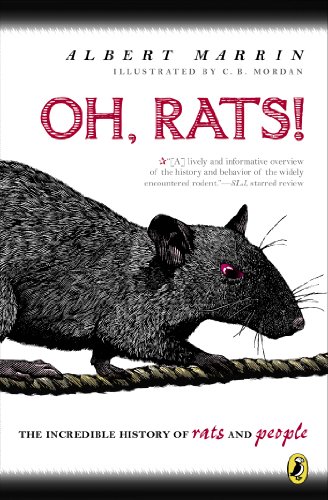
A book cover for Oh Rats!: The Story of Rats and People; Albert Marrin; Children's Books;